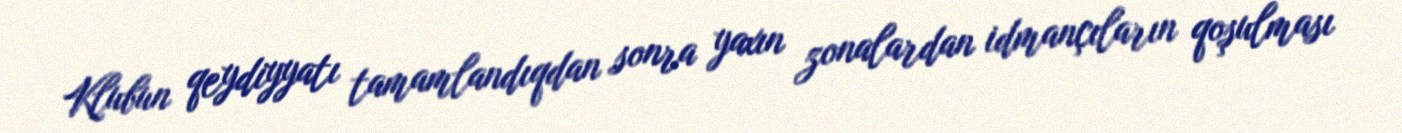
Klubun qeydiyyatı tamamlandıqdan sonra yaxın zonalardan idmançıların qoşulması